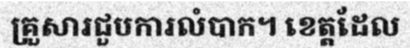
គ្រួសារជួបការលំបាក។ ខេត្តដែល